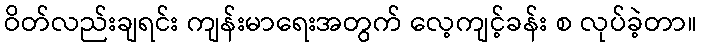
ဝိတ်လည်းချရင်း ကျန်းမာရေးအတွက် လေ့ကျင့်ခန်း စ လုပ်ခဲ့တာ။